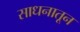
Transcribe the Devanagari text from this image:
साधनातून